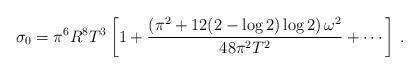
LaTeX: \begin{align*}\sigma_0 = \pi^6 R^8 T^3 \left[ 1 + \frac{\left(\pi^2+12(2-\log{2})\log{2}\right)\omega^2}{48\pi^2 T^2} + \cdots \right]\,.\end{align*}